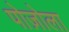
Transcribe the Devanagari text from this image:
पोज़ोला